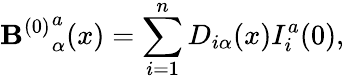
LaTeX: {\mathbf{B}^{(0)}}_{\alpha}^{a}(x)=\sum_{i=1}^{n}D_{i\alpha}(x)I_{i}^{a}(0),